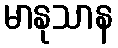
မာနုသာန